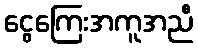
ငွေကြေးအကူအညီ